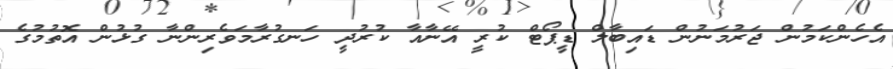
އެހެންކަމުން ޖަރުމަނުން ޑައިބާލް ޑީޕޯޓް ކުރީ އޭނާއާ ކުރުދީ ހަނގުރާމަވެރިންނާ ގުޅުން އޮތުމުގެ